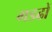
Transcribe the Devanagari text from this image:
गडढों